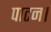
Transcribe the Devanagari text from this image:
पाटन।